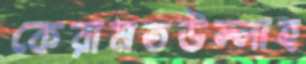
কেরামতউল্লাহ